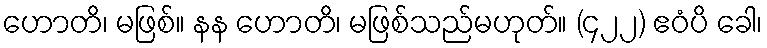
ဟောတိ၊ မဖြစ်။ နန ဟောတိ၊ မဖြစ်သည်မဟုတ်။ (၄၂၂) ဧဝံပိ ခေါ၊